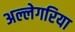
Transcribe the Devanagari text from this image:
अल्लेगरिया